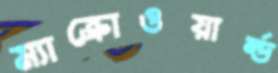
ম্যাক্রোওয়ার্ল্ড